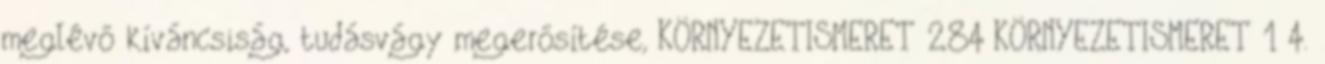
meglévő kíváncsiság, tudásvágy megerősítése, KÖRNYEZETISMERET 284 KÖRNYEZETISMERET 1 4.